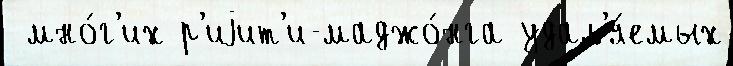
 мно́г'их р'иjит'и-маджо́нга удал'я́емых